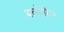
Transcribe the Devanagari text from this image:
यलोफ़िन